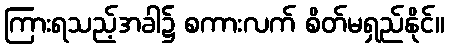
ကြားရသည့်အခါ၌ စကားလက် စိတ်မရှည်နိုင်။